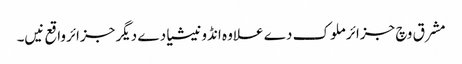
مشرق وچ جزائر ملوک دے علاوہ انڈونیشیا دے دیگر جزائرواقع نیں۔